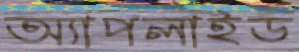
অ্যাপলাইড